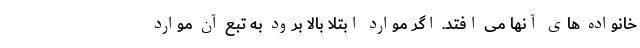
خانواده های آنها می افتد. اگر موارد ابتلا بالا برود به تبع آن موارد